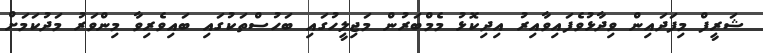
ޝަރީފް މިފަދައިން ވިދާޅުވެފައިވާއިރު އިދިކޮޅު މެމްބަރުން މަޖިލީހުގައި ބަހުސްތަކުގައި ބައިވެރިވާ މިންވަރު މަދުކަމަށް